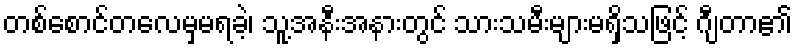
တစ်စောင်တလေမှမရခဲ့၊ သူ့အနီးအနားတွင် သားသမီးများမရှိသဖြင့် ဂျီတာ၏